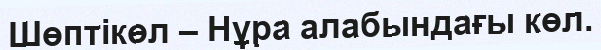
Шөптікөл – Нұра алабындағы көл.